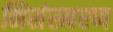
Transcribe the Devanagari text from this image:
निसंस्मरण